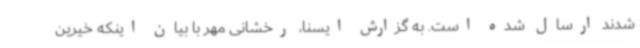
شدند ارسال شده است. به گزارش ایسنا، رخشانی مهر با بیان اینکه خیرین